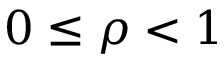
0 \leq \rho < 1